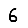
Digit: 6